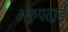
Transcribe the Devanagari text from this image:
अरुपदाई